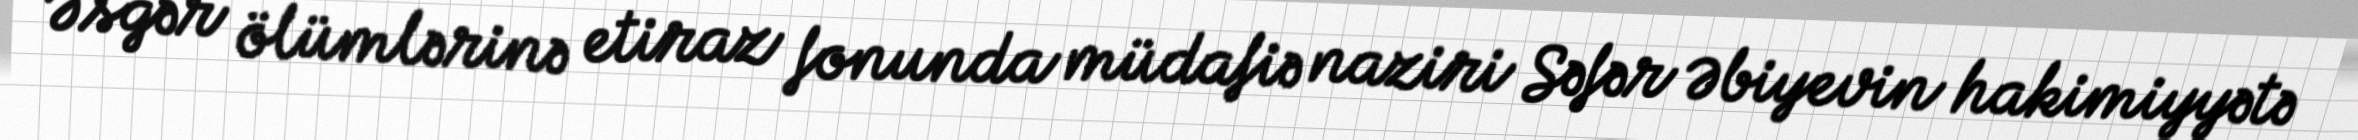
Əsgər ölümlərinə etiraz fonunda müdafiə naziri Səfər Əbiyevin hakimiyyətə